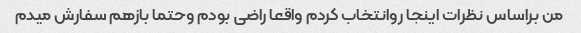
من براساس نظرات اینجا روانتخاب کردم واقعا راضی بودم وحتما بازهم سفارش میدم